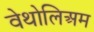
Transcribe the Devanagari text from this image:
वेथोलिअम